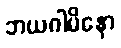
ဘယဂါမိနော